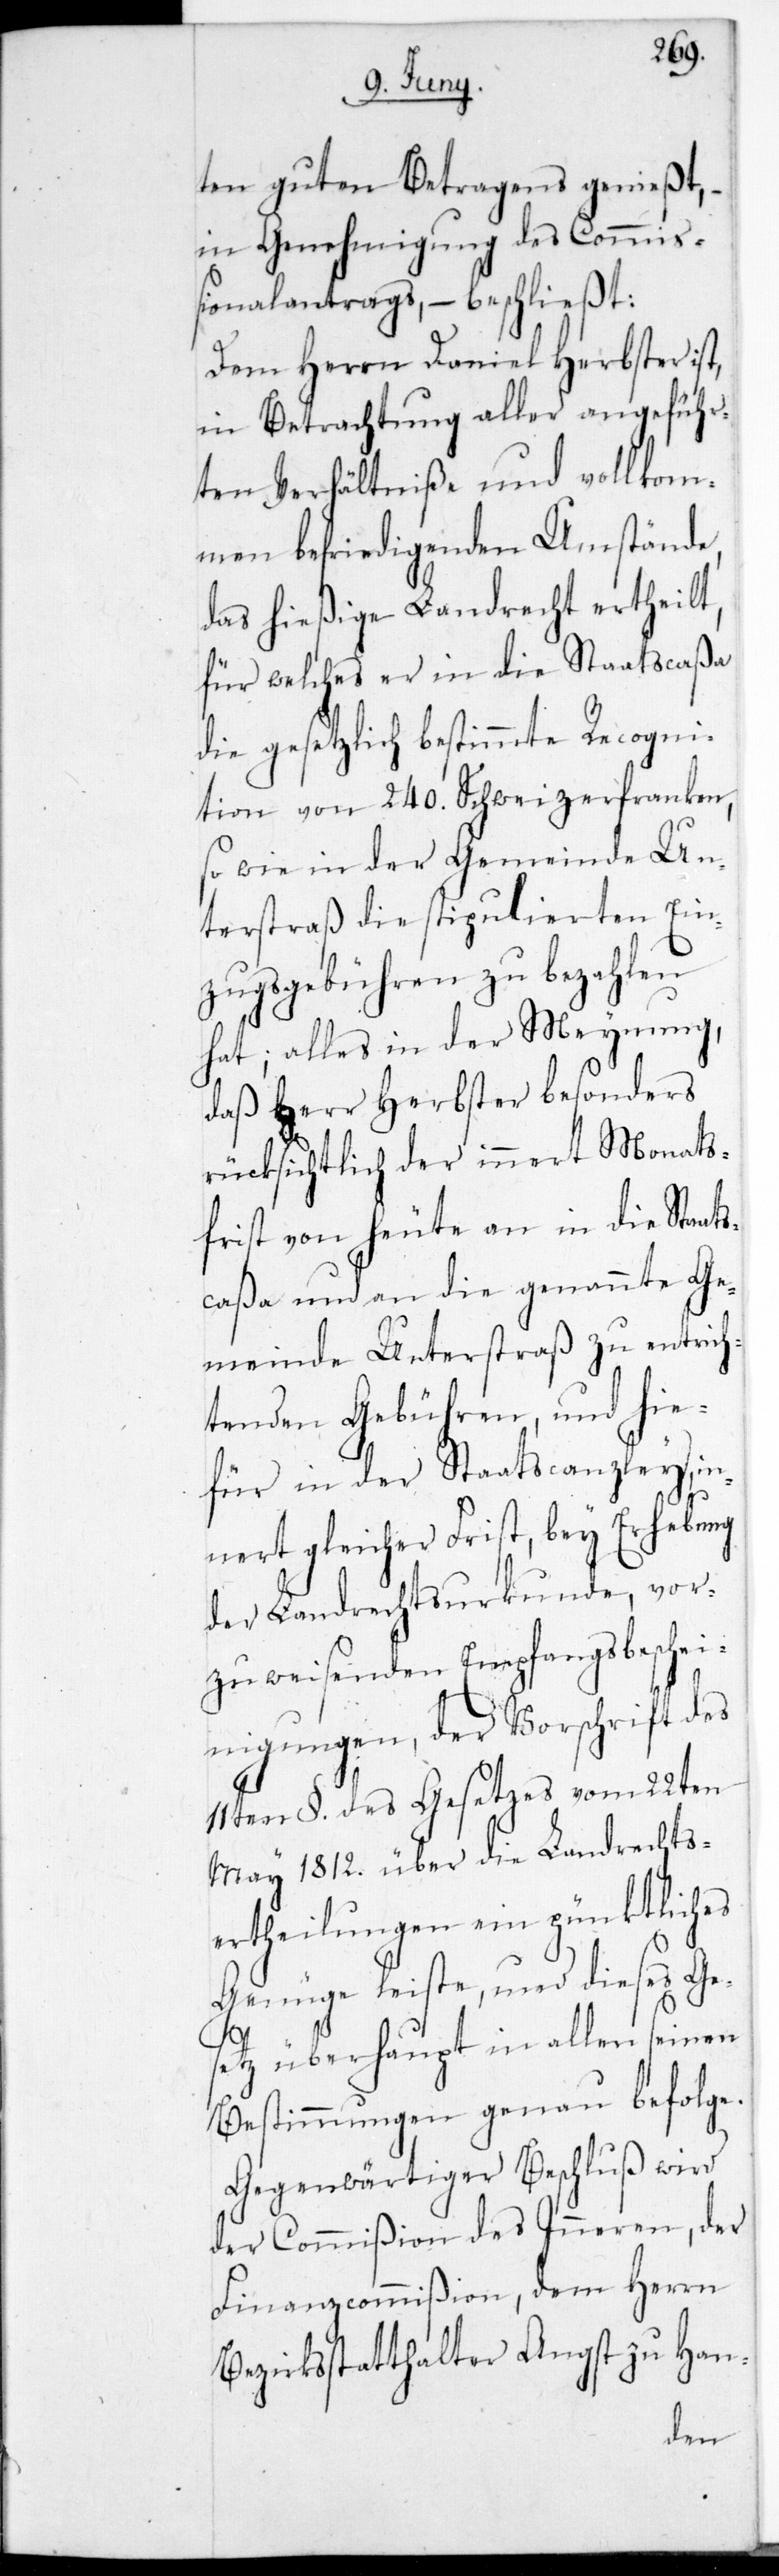
ten guten Betragens genießt,
in Genehmigung des Commi¬
ßionalantrags, – beschließt:
Dem Herrn Daniel Herbster ist,
in Betrachtung aller angeführ¬
ten Verhältniße und vollkom¬
men befriedigenden Umstände,
das hießige Landrecht ertheilt,
für welches er in die Staatscaßa
die gesetzlich bestimmte Recogni¬
tion von 240. Schweizerfranken,
sowie in der Gemeinde Un¬
terstraß die stipulierten Ein¬
zugsgebühren zu bezahlen
hat; alles in der Meynung,
daß Herr Herbster besonders
rücksichtlich der innert Monats¬
frist von heute an in die Staat¬
scaßa und an die genannte Ge¬
meinde Unterstraß zu entrich¬
tenden Gebühren, und hie¬
für in der Staatscanzley, in¬
nert gleicher Frist, bey Erhebung
der Landrechtsurkunde, vor¬
zuweisenden Empfangsbeschei¬
nigungen, der Vorschrift des
11ten §. des Gesetzes vom 22sten
May 1812. über die Landrechts¬
ertheilungen ein pünktliches
Genüge leiste, und dieses Ge¬
setz überhaupt in allen seinen
Bestimmungen genau befolge.
Gegenwärtiger Beschluß wird
der Commißion des Inneren, der
Finanzcommißion, dem Herrn
Bezirksstatthalter Angst zu Han-